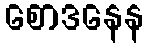
စောဒနေန